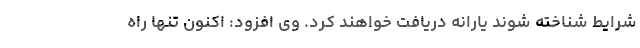
شرایط شناخته شوند یارانه دریافت خواهند کرد. وی افزود: اکنون تنها راه